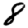
Digit: 8